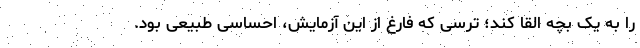
را به یک بچه القا کند؛ ترسی که فارغ از این آزمایش، احساسی طبیعی بود.